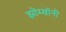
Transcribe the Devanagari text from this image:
झोम्बॉनी